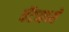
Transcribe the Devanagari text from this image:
चॅटमध्ये